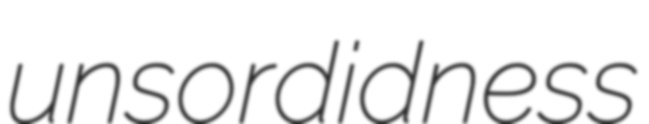
unsordidness